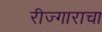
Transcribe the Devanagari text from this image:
रीज्गाराचा